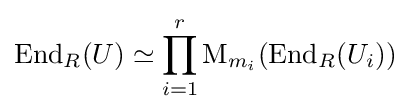
\operatorname {End} _{R}(U)\simeq \prod _{i=1}^{r}\operatorname {M} _{m_{i}}(\operatorname {End} _{R}(U_{i}))